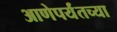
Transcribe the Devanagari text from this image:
आणेपर्यंतच्या